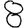
Digit: 8